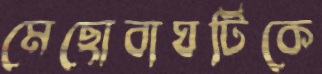
মেছোবাঘটিকে